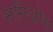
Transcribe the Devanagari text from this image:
समिओस